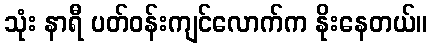
သုံး နာရီ ပတ်ဝန်းကျင်လောက်က နိုးနေတယ်။